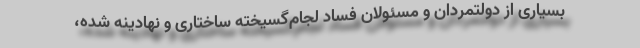
بسیاری از دولتمردان و مسئولان فساد لجام‌گسیخته ساختاری و نهادینه شده،